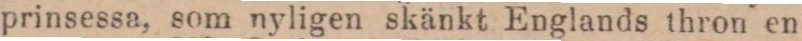
prinsessa, som nyligen skänkt Englands thron en